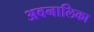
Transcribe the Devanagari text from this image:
अवनालिका